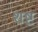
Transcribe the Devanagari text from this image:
शष्ट